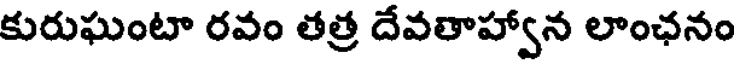
కురుఘంటా రవం తత్ర దేవతాహ్వాన లాంఛనం